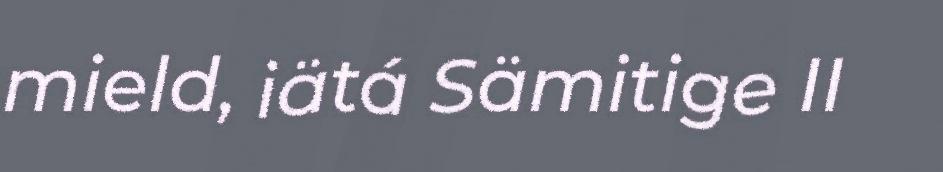
mield, iätá Sämitige II